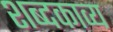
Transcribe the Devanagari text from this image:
शब्दकाव्य